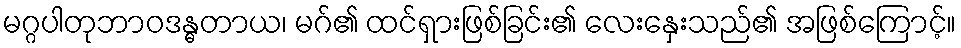
မဂ္ဂပါတုဘာဝဒန္ဓတာယ၊ မဂ်၏ ထင်ရှားဖြစ်ခြင်း၏ လေးနှေးသည်၏ အဖြစ်ကြောင့်။